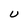
Character: U